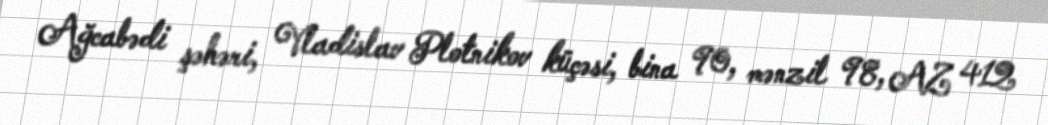
Ağcabədi şəhəri, Vladislav Plotnikov küçəsi, bina 90, mənzil 98, AZ 412